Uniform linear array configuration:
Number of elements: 4
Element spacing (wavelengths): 0.25
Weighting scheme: uniform
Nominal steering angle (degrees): -45
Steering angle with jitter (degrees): -44.012
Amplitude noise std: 0.05
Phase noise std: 0.05

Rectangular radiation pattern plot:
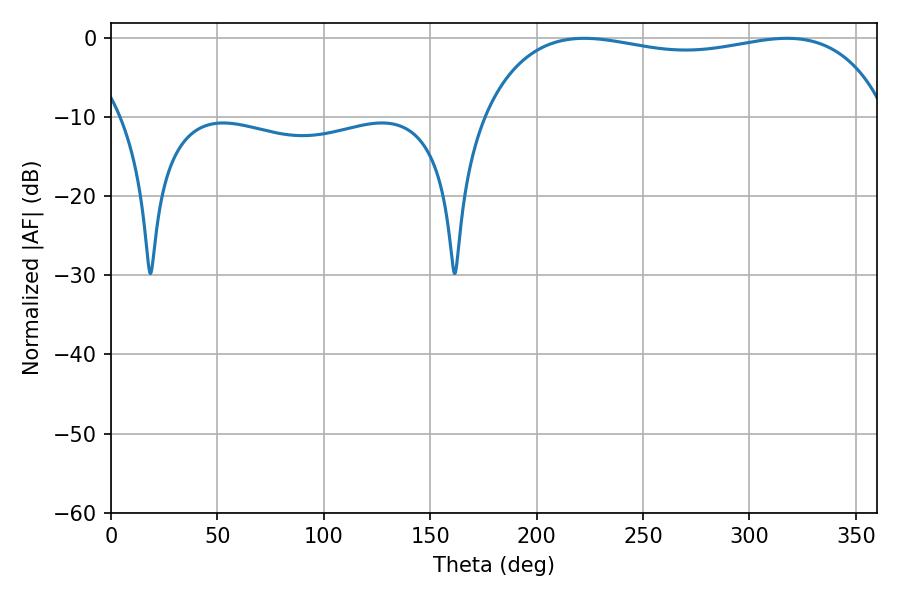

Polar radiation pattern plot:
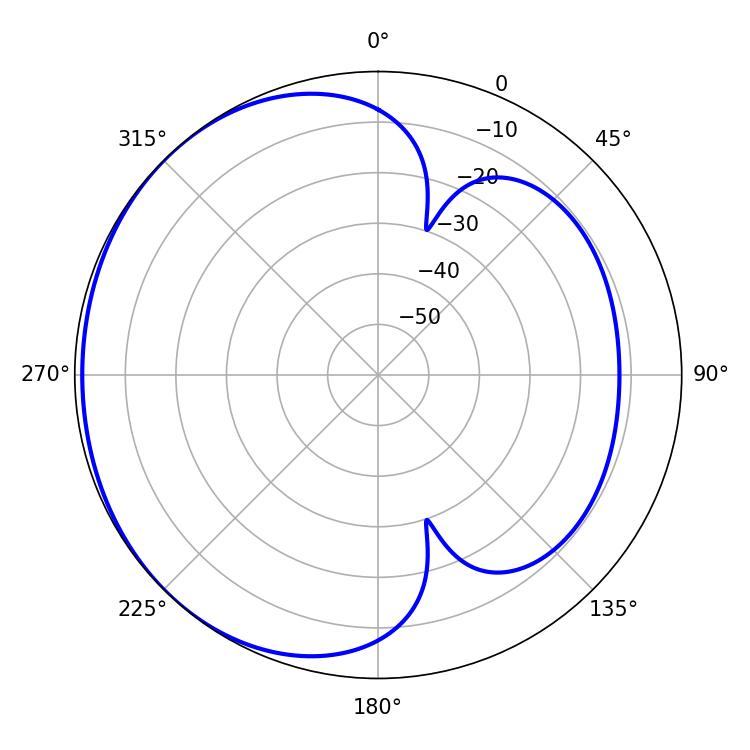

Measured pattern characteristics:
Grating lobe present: FALSE
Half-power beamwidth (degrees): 154.44
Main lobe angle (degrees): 222.3